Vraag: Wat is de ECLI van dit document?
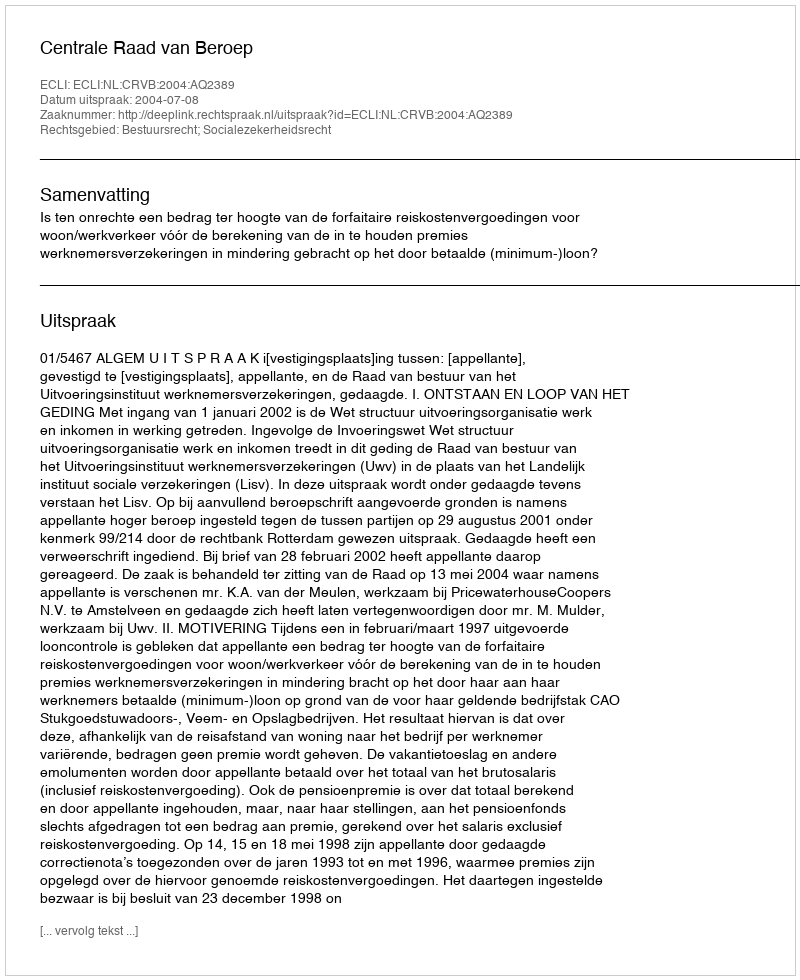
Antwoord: ECLI:NL:CRVB:2004:AQ2389